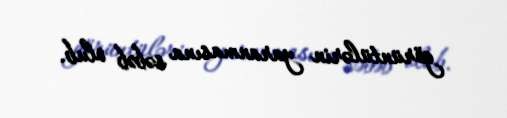
görüntülərin yaranmasına səbəb olub.